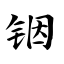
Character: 铟